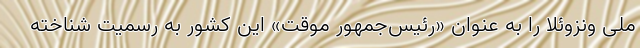
ملی ونزوئلا را به عنوان «رئیس‌جمهور موقت» این کشور به رسمیت شناخته